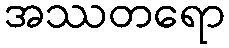
အဿတရော